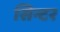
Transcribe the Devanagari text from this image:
सिन्टर